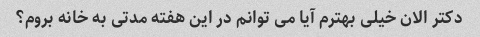
دکتر الان خیلی بهترم آیا می توانم در این هفته مدتی به خانه بروم؟